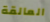
العالقة